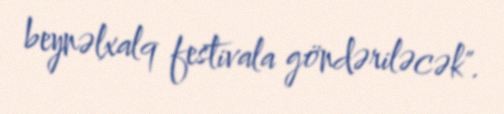
beynəlxalq festivala göndəriləcək".